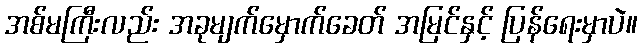
အစ်မကြီးလည်း အခုမျက်မှောက်ခေတ် အမြင်နှင့် ပြန်ရေးမှာပဲ။